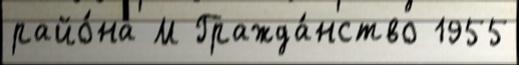
райо́на М Гражда́нство 1955